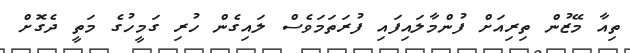
ތިއާ މޭޒުން ތިރިއަށް ފުންމާލައިފައި ފުރަތަމަވެސް ލައިގެން ހުރި ގަމީހުގެ މަތީ ދެގޮށް